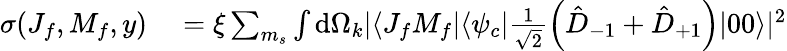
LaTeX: \begin{array}{rl}{\sigma(J_{f},M_{f},y)}&{{}=\xi\sum_{m_{s}}\int\mathrm{d}\Omega_{k}|\langle J_{f}M_{f}|\langle\psi_{c}|\frac{1}{\sqrt{2}}\left(\hat{D}_{-1}+\hat{D}_{+1}\right)|00\rangle|^{2}}\end{array}